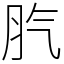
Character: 䏗